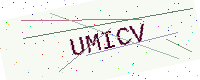
Text: UMICV